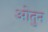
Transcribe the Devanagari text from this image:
ओतुन